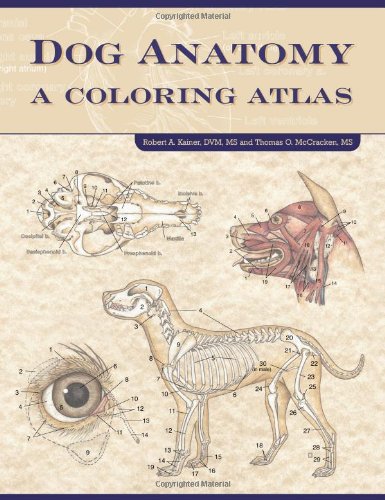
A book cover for Dog Anatomy: A Coloring Atlas; Robert Kainer; Crafts, Hobbies & Home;